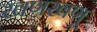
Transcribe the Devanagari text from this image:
खणखणू